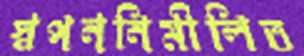
স্বপননিমীলিত